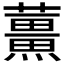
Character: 𫊌